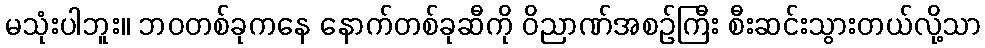
မသုံးပါဘူး။ ဘဝတစ်ခုကနေ နောက်တစ်ခုဆီကို ဝိညာဏ်အစဉ်ကြီး စီးဆင်းသွားတယ်လို့သာ